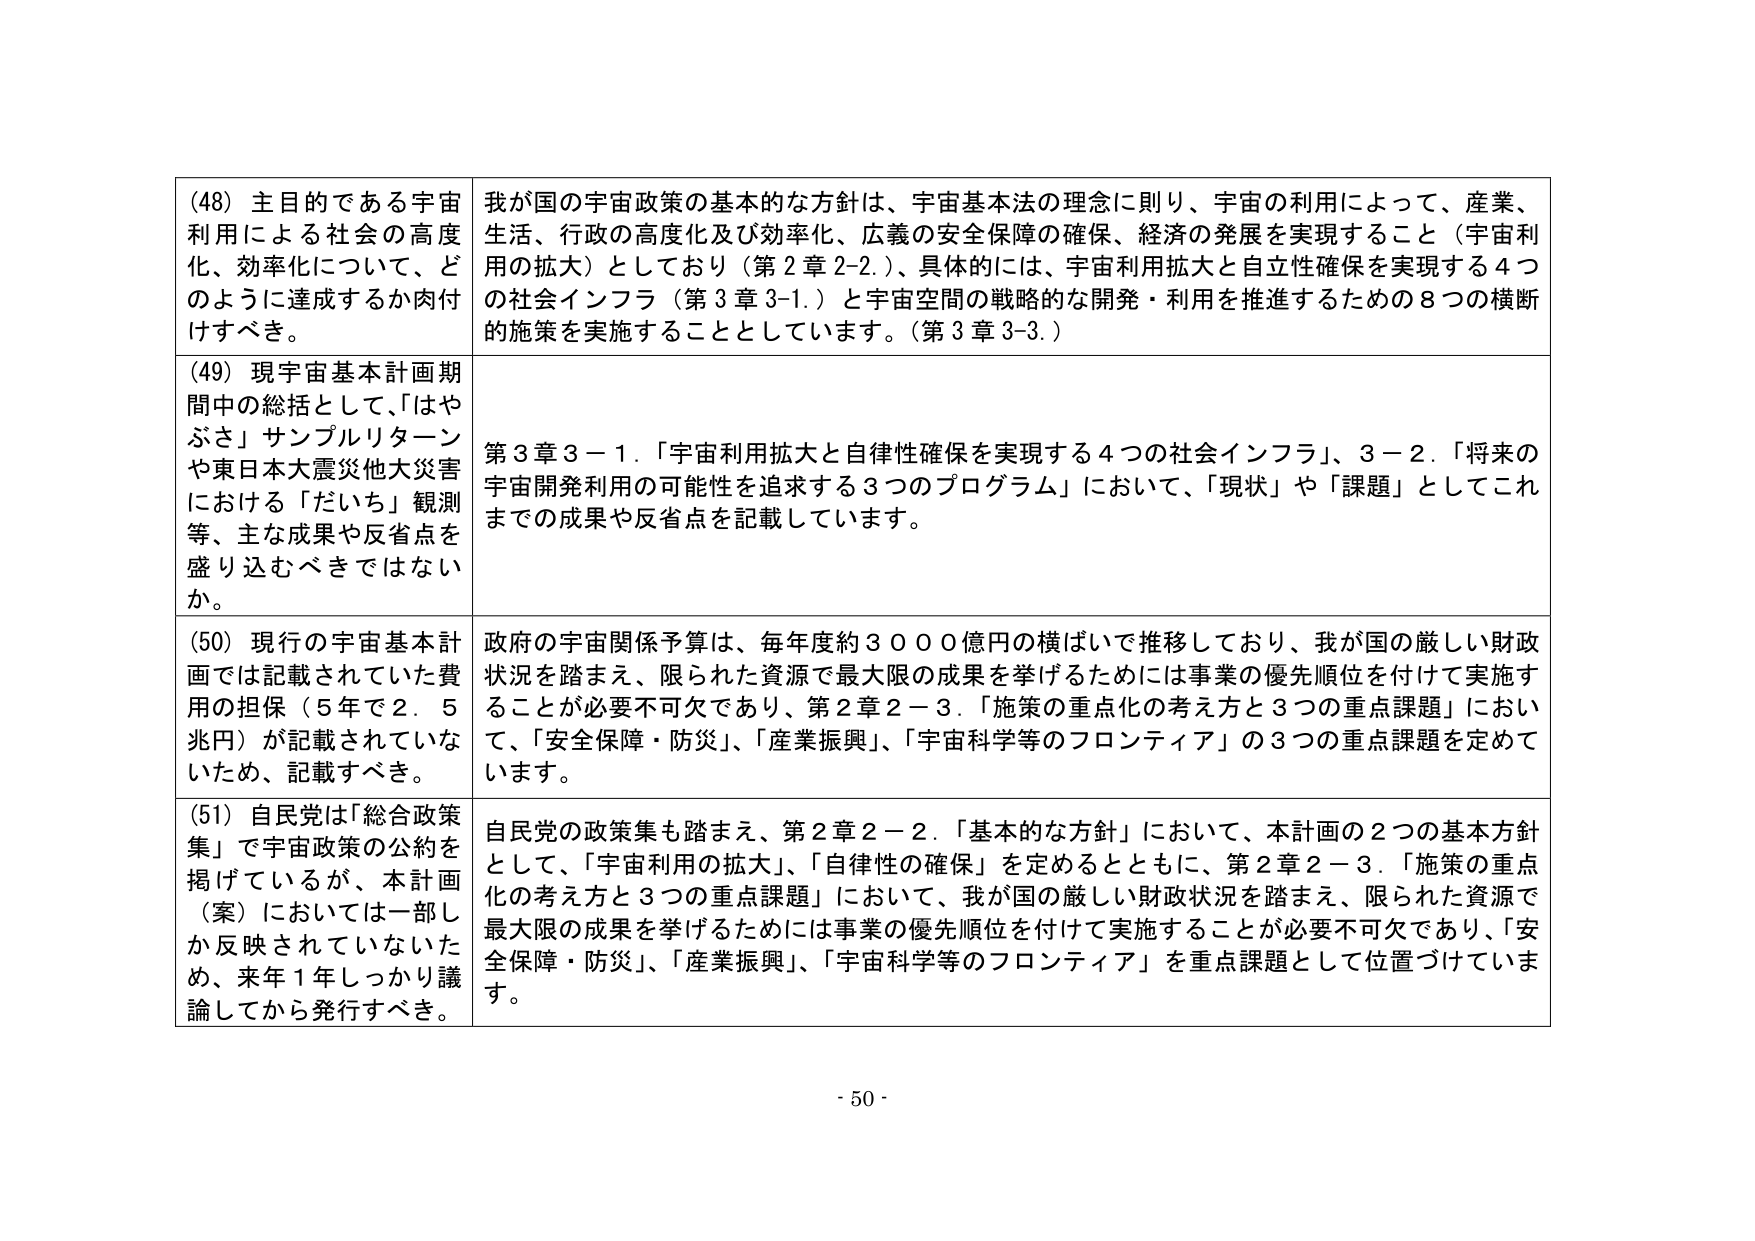
(48) 主目的である宇宙利用による社会の高度化、効率化について、どのように達成するか肉付けすべき。

我が国の宇宙政策の基本的な方針は、宇宙基本法の理念に則り、宇宙の利用によって、産業、生活、行政の高度化及び効率化、広義の安全保障の確保、経済の発展を実現すること（宇宙利用の拡大）としており（第2章2-2.）、具体的には、宇宙利用拡大と自律性確保を実現する4つの社会インフラ（第3章3-1.）と宇宙空間の戦略的な開発・利用を推進するための8つの横断的施策を実施することとしています。（第3章3-3.）

(49) 現宇宙基本計画期間中の総括として、「はやぶさ」サンプルリターンや東日本大震災他大災害における「だいち」観測等、主な成果や反省点を盛り込むべきではないか。

第3章3－1．「宇宙利用拡大と自律性確保を実現する4つの社会インフラ」、3－2．「将来の宇宙開発利用の可能性を追求する3つのプログラム」において、「現状」や「課題」としてこれまでの成果や反省点を記載しています。

(50) 現行の宇宙基本計画では記載されていた費用の担保（5年で2.5兆円）が記載されていないため、記載すべき。

政府の宇宙関係予算は、毎年度約3000億円の横ばいで推移しており、我が国の厳しい財政状況を踏まえ、限られた資源で最大限の成果を挙げるためには事業の優先順位を付けて実施することが必要不可欠であり、第2章2－3．「施策の重点化の考え方と3つの重点課題」において、「安全保障・防災」、「産業振興」、「宇宙科学等のフロンティア」の3つの重点課題を定めています。

(51) 自民党は「総合政策集」で宇宙政策の公約を掲げているが、本計画（案）においては一部しか反映されていないため、来年1年しっかり議論してから発行すべき。

自民党の政策集も踏まえ、第2章2－2．「基本的な方針」において、本計画の2つの基本方針として、「宇宙利用の拡大」、「自律性の確保」を定めるとともに、第2章2－3．「施策の重点化の考え方と3つの重点課題」において、我が国の厳しい財政状況を踏まえ、限られた資源で最大限の成果を挙げるためには事業の優先順位を付けて実施することが必要不可欠であり、「安全保障・防災」、「産業振興」、「宇宙科学等のフロンティア」を重点課題として位置づけています。

- 50 -